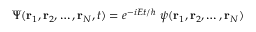
\Psi ( \mathbf { r } _ { 1 } , \mathbf { r } _ { 2 } , \ldots , \mathbf { r } _ { N } , t ) = e ^ { - i E t / \hbar } \ \psi ( \mathbf { r } _ { 1 } , \mathbf { r } _ { 2 } , \ldots , \mathbf { r } _ { N } )